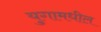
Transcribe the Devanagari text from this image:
युगामधील